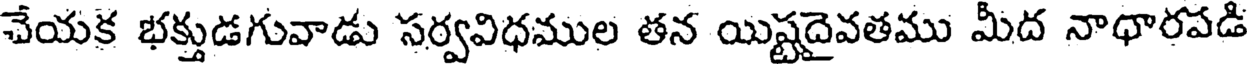
చేయక భక్తుడగువాడు సర్వవిధముల తన యిష్టదైవతము మీద నాధారపడి